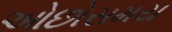
ઓછોસમય